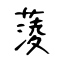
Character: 蔆